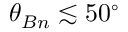
\theta _ { B n } \lesssim 5 0 ^ { \circ }